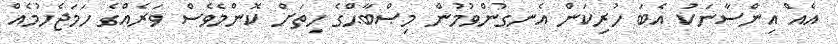
އެއް އިންސާނަކު އެބަ ހުރިކަން އެނގުންވުމުން މިޞްބާޙްގެ ހިތަށް ކޮންމެވެސް ވަރެއްގެ ހަމަޖެހުމެއް